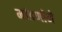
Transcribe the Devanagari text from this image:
मांडणीने